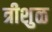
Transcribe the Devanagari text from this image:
त्रीशुळ